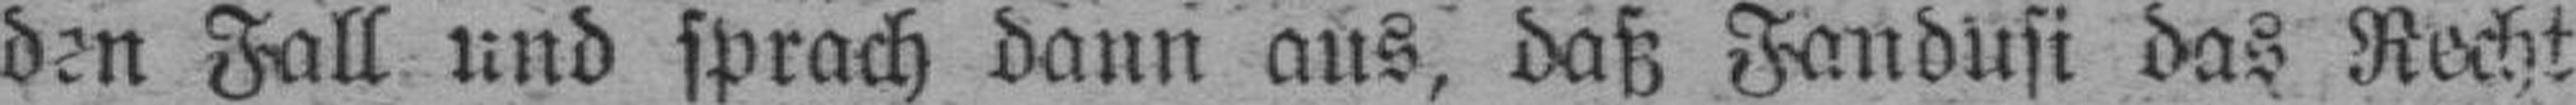
den Fall und sprach dann aus, daß Fandusi das Recht